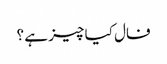
فال کیا چیز ہے ؟